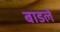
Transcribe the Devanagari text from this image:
बाडले